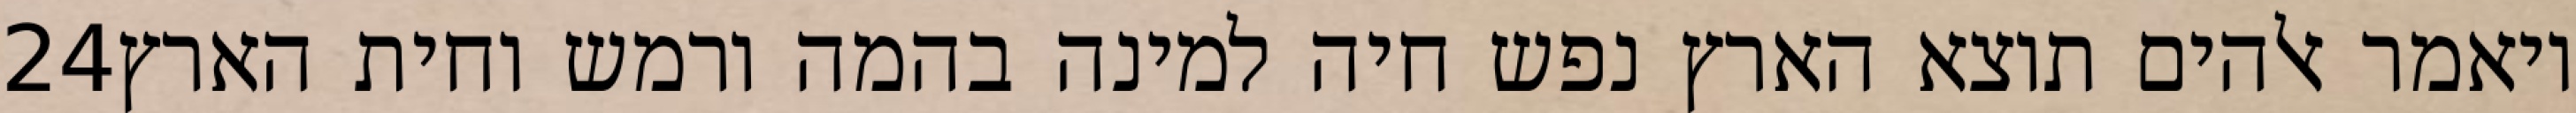
‎24‏ ויאמר אלהים תוצא הארץ נפש חיה למינה בהמה ורמש וחית הארץ